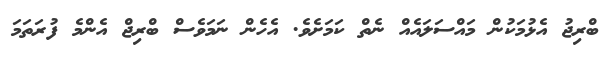
ބްރިޖު އެޅުމަކުން މައްސަލައެއް ނެތް ކަަމަށެވެ. އެހެން ނަމަވެސް ބްރިޖް އެންމެ ފުރަތަމަ